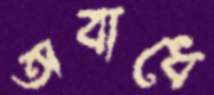
অবাধে